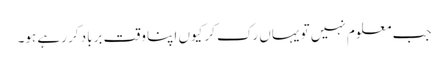
جب معلوم نہیں تو یہاں رک کر کیوں اپنا وقت برباد کر رہے ہو۔